Medical and sanitary report of the native army of Bengal for the year
Year: 1877
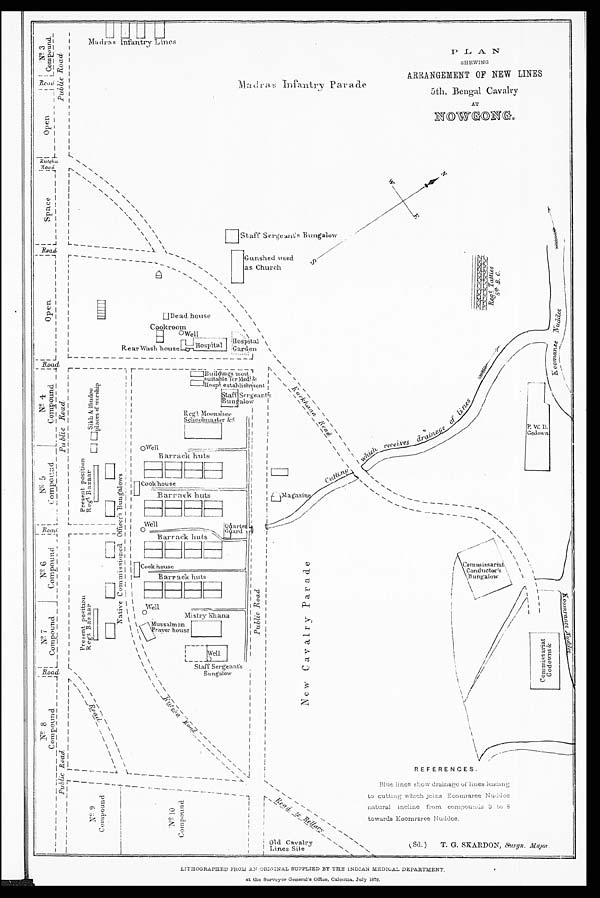
P L A N
SHEWING
ARRANGEMENT OF NEW LINES
5th. Bengal Cavalry
AT
NOWGONG.
Madras Infantry Parade
REFERENCES.
Blue lines show drainage of lines leading
to cutting winch joins Koomraree Nuddce
natural incline from compounds 3 to 8
towards Koomrarce Nuddee.
(Sd.) T. G. SKARDON,
Surgn. Major
LITHOGRAPHED FROM AN ORIGINAL SUPPLIED BY THE INDIAN MEDICAL DEPARTMENT.
at the Surveyor General's Office, Calcutta, July 1878.